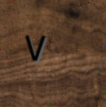
٧